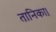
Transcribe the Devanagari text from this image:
तानिका।